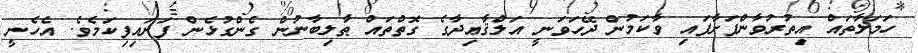
ހަމަލާތައް އިތުރުވާންފަށާފައި ވާކަމުން ދޭހަވަނީ އަލްޤާޢިދާގެ ގޮތްތައް ޠާލިބާނުން ގެންގުޅެން ފަށައިފިކަމެވެ. އެހެނީ